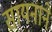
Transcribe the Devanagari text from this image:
सायनाने